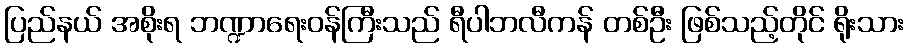
ပြည်နယ် အစိုးရ ဘဏ္ဍာရေးဝန်ကြီးသည် ရီပါဘလီကန် တစ်ဦး ဖြစ်သည့်တိုင် ရိုးသား